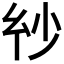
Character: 𢆽